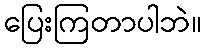
ပြေးကြတာပါဘဲ။